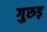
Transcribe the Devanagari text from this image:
गुरुड़